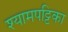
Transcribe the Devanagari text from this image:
श्यामपट्टिका